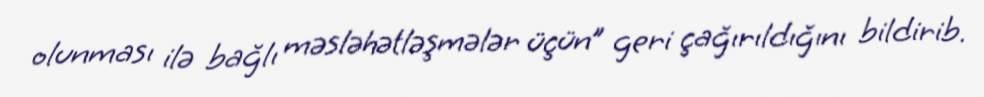
olunması ilə bağlı məsləhətləşmələr üçün” geri çağırıldığını bildirib.